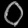
Digit: ၀